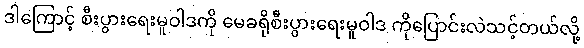
ဒါကြောင့် စီးပွားရေးမူဝါဒကို မေခရိုစီးပွားရေးမူဝါဒ ကိုပြောင်းလဲသင့်တယ်လို့